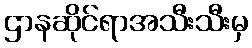
ဌာနဆိုင်ရာအသီးသီးမှ